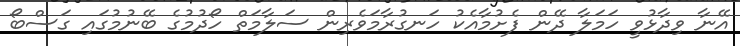
އޭނާ ވިދާޅުވީ ހަމަލާ ދޭން ފެށުމާއެކު ހަނގުރާމަވެރިން ސަލާމަތް ހޯދުމުގެ ބޭނުމުގައި ގަސްބޯ